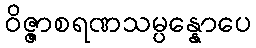
ဝိဇ္ဇာစရဏသမ္ပန္နောပေ